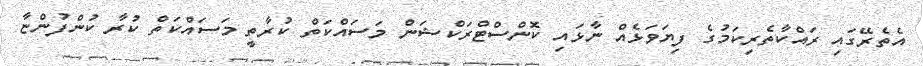
އެތެރޭގައި ރައްކާތެރިކަމުގެ ފިޔަވަޅެއް ނާޅައި ކޮންސްޓްރަކްޝަން މަސައްކަތް ކުރާތީ މަސައްކަތް ކުރާ ކުންފުންޏާ